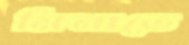
মিনাতে